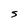
Character: S